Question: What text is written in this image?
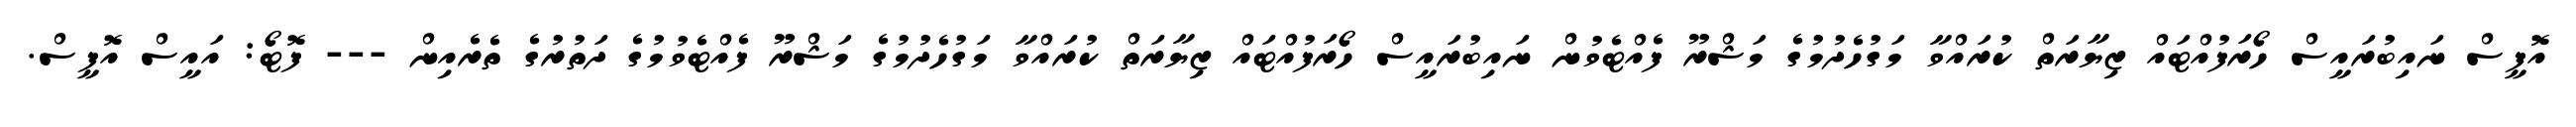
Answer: އޮފީސް ނައިބުރައީސް ހޯރަފުއްޓައް ޒިޔާރަތް ކުރައްވާ މަގުހެދުމުގެ މަޝްރޫ ފެއްޓެވުން ނައިބުރައީސް ހޯރަފުއްޓައް ޒިޔާރަތް ކުރައްވާ މަގުހެދުމުގެ މަޝްރޫ ފެއްޓެވުމުގެ ދަތުރުގެ ތެރެއިން --- ފޮޓޯ: އައީސް އޮފީސް.